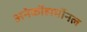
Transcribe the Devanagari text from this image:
अनेकोंहार्मोनल